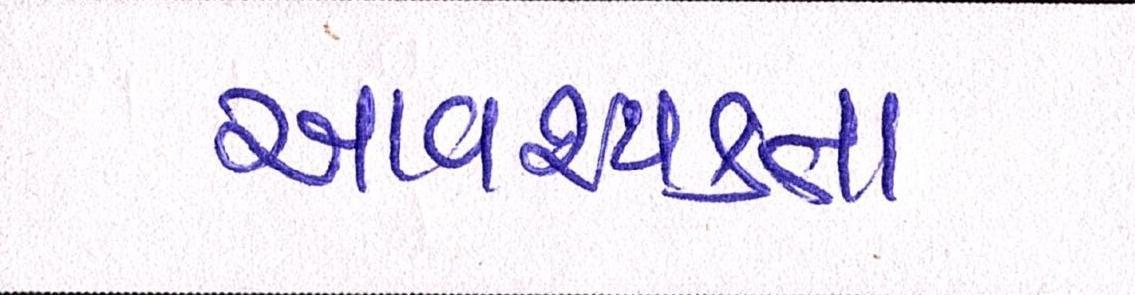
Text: આવશ્યકતા